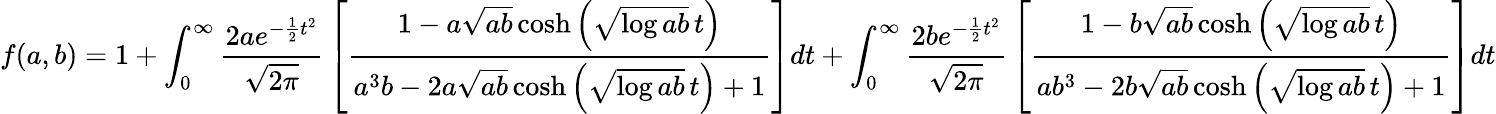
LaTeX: f(a,b)=1+\int_{0}^{\infty}{\frac{2ae^{-{\frac{1}{2}}t^{2}}}{\sqrt{2\pi}}}\left[{\frac{1-a{\sqrt{ab}}\cosh\left({\sqrt{\log ab}}\, t\right)}{a^{3}b-2a{\sqrt{ab}}\cosh\left({\sqrt{\log ab}}\, t\right)+1}}\right]dt+\int_{0}^{\infty}{\frac{2be^{-{\frac{1}{2}}t^{2}}}{\sqrt{2\pi}}}\left[{\frac{1-b{\sqrt{ab}}\cosh\left({\sqrt{\log ab}}\, t\right)}{ab^{3}-2b{\sqrt{ab}}\cosh\left({\sqrt{\log ab}}\, t\right)+1}}\right]dt